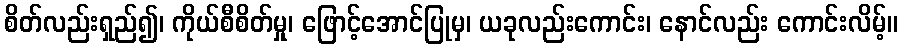
စိတ်လည်းရှည်၍၊ ကိုယ်စီစိတ်မှု၊ ဖြောင့်အောင်ပြုမှ၊ ယခုလည်းကောင်း၊ နောင်လည်း ကောင်းလိမ့်။